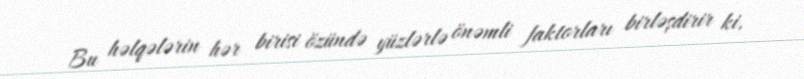
Bu həlqələrin hər birisi özündə yüzlərlə önəmli faktorları birləşdirir ki,